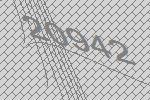
20942